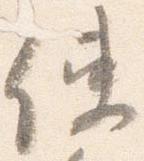
使